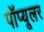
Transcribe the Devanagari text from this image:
पॉप्यूलर